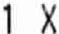
1 X